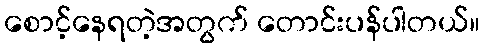
စောင့်နေရတဲ့အတွက် တောင်းပန်ပါတယ်။